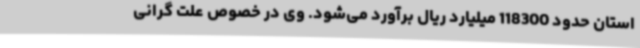
استان حدود 118300 میلیارد ریال برآورد می‌شود. وی در خصوص علت گرانی